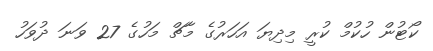
ކޯޓުން ހުކުމް ކުރީ މިދިޔަ އަހަރުގެ މާޗް މަހުގެ 27 ވަނަ ދުވަހު